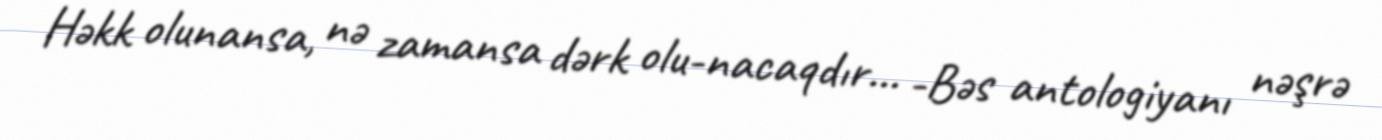
Həkk olunansa, nə zamansa dərk olu­nacaqdır... -Bəs antologiyanı nəşrə